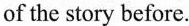
of the story before.